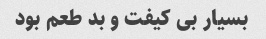
بسیار بی کیفت و بد طعم بود